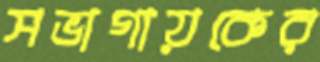
সভাগায়কের